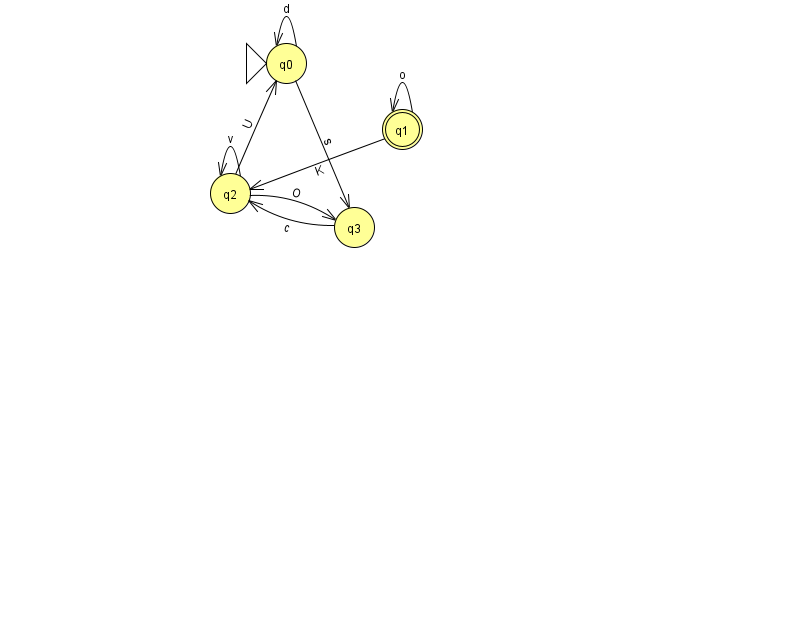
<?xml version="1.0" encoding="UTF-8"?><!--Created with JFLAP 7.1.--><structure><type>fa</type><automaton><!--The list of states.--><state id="0" name="q0"><x>286.0</x><y>50.0</y><initial/></state><state id="1" name="q1"><x>402.0</x><y>116.0</y><final/></state><state id="2" name="q2"><x>230.0</x><y>180.0</y></state><state id="3" name="q3"><x>354.0</x><y>214.0</y></state><!--The list of transitions.--><transition><from>2</from><to>0</to><read>U</read></transition><transition><from>0</from><to>3</to><read>s</read></transition><transition><from>0</from><to>0</to><read>d</read></transition><transition><from>3</from><to>2</to><read>c</read></transition><transition><from>2</from><to>2</to><read>v</read></transition><transition><from>2</from><to>3</to><read>O</read></transition><transition><from>1</from><to>2</to><read>K</read></transition><transition><from>1</from><to>1</to><read>o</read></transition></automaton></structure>